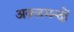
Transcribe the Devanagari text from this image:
अक़्लमन्दों